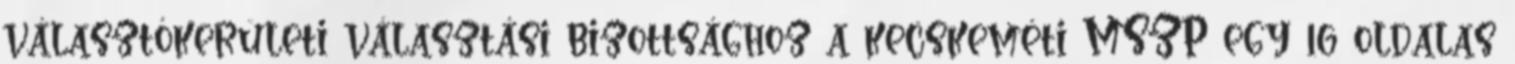
választókerületi választási bizottsághoz a kecskeméti MSZP egy 16 oldalas